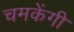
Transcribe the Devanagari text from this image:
चमकेंगी